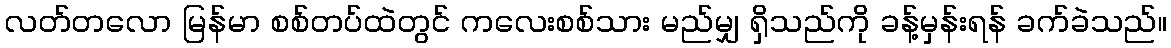
လတ်တလော မြန်မာ စစ်တပ်ထဲတွင် ကလေးစစ်သား မည်မျှ ရှိသည်ကို ခန့်မှန်းရန် ခက်ခဲသည်။